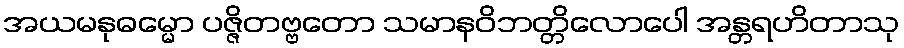
အယမနုဓမ္မော ပဇ္ဇိတဗ္ဗတော သမာနဝိဘတ္တိလောပေါ အန္တရဟိတာသု